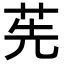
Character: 𦭶